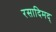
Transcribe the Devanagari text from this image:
रसादिमद्